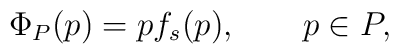
\Phi_P(p)=pf_s(p),  \qquad p\in P,